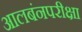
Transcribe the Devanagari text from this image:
आलबंनपरीक्षा